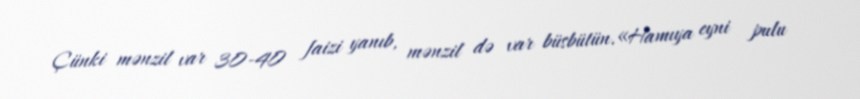
Çünki mənzil var 30-40 faizi yanıb, mənzil də var büsbütün.«Hamıya eyni pulu